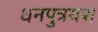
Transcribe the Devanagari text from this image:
धनपुत्रयश